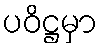
ပဝိဋ္ဌမှာ